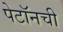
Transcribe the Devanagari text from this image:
पेटॉनची